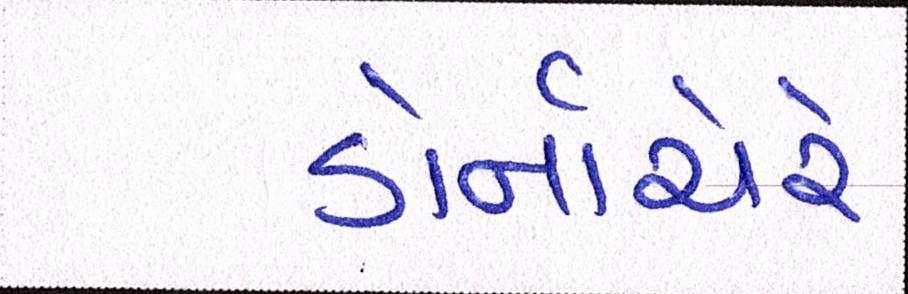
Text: ડોર્નાચેરે